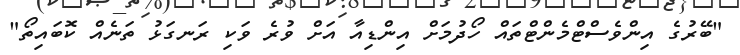
"ބޭރުގެ އިންވެސްޓްމެންޓްތައް ހޯދުމަށް އިންޑިއާ އަށް ވުރެ ވަކި ރަނގަޅު ތަނެއް ކޮބައިތޯ"